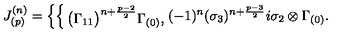
J _ { ( p ) } ^ { ( n ) } = \left\{ \begin{cases} { \big ( \Gamma _ { 1 1 } \big ) ^ { n + { \frac { p - 2 } { 2 } } } \Gamma _ { ( 0 ) } , } \\ { ( - 1 ) ^ { n } ( \sigma _ { 3 } ) ^ { n + { \frac { p - 3 } { 2 } } } i \sigma _ { 2 } \otimes \Gamma _ { ( 0 ) } . } \\ \end{cases} \right.